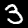
Label: 3